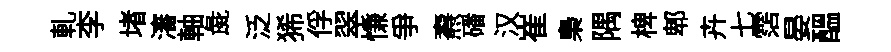
軋李堵瀋軸彘泛狶俘翠慊争燾磻汉崔梟隅椑郫卉七霑晏醖